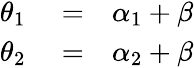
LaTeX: \begin{array}{rlr}{\theta_{1}}&{{}=}&{\alpha_{1}+\beta}\\ {\theta_{2}}&{{}=}&{\alpha_{2}+\beta}\end{array}